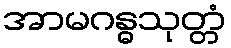
အာမဂန္ဓသုတ္တံ